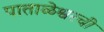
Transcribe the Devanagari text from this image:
पाताळेश्वरची